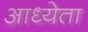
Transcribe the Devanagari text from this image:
आध्येता